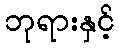
ဘုရားနှင့်